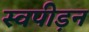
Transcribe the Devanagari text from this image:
स्वपीड़न